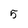
Character: 5